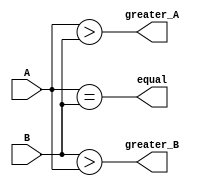
module two_bit_comparator(
    input [1:0] A,
    input [1:0] B,
    output equal,
    output greater_A,
    output greater_B
);

assign equal = (A == B);
assign greater_A = (A > B);
assign greater_B = (B > A);

endmodule